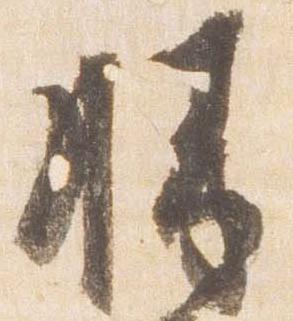
勝